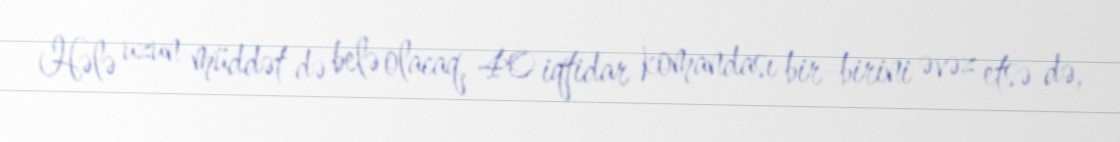
Hələ uzun müddət də belə olacaq, 40 iqtidar komandası bir-birini əvəz etsə də,